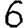
Digit: 6